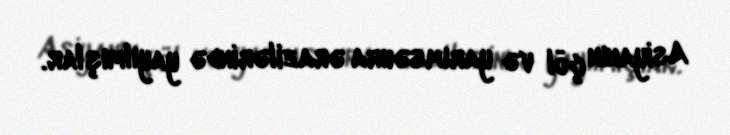
Asiyanın çöl və yarımsəhra ərazilərində yayılmışlar.